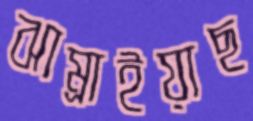
ঝাম্‌রাইয়াছ